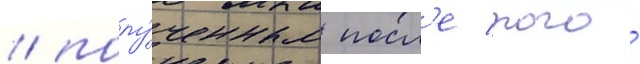
/ полу́ченным посл'е того́